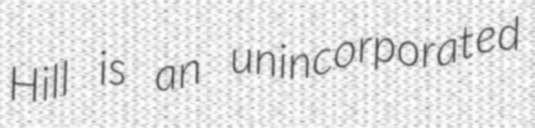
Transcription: Hill is an unincorporated